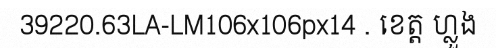
39220.63LA-LM106x106px14 . ខេត្ត ហ្លួង